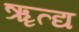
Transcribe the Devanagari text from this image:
ॠत्द्य